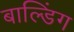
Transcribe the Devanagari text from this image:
बाल्डिंग